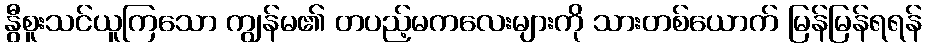
နွီစူးသင်ယူကြသော ကျွန်မ၏ တပည့်မကလေးများကို သားတစ်ယောက် မြန်မြန်ရရန်